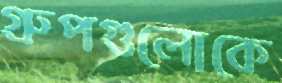
গ্রুপগুলোকে